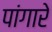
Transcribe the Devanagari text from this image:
पांगारे